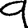
Digit: 9